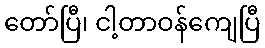
တော်ပြီ၊ ငါ့တာဝန်ကျေပြီ